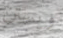
ويستن